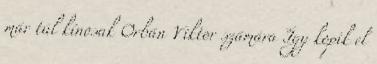
már túl kínosak Orbán Viktor számára Így kopik el